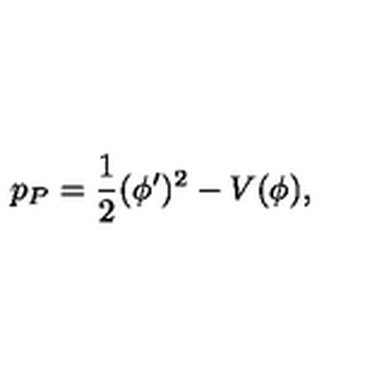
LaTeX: p _ { P } = { \frac { 1 } { 2 } } ( \phi ^ { \prime } ) ^ { 2 } - V ( \phi ) ,